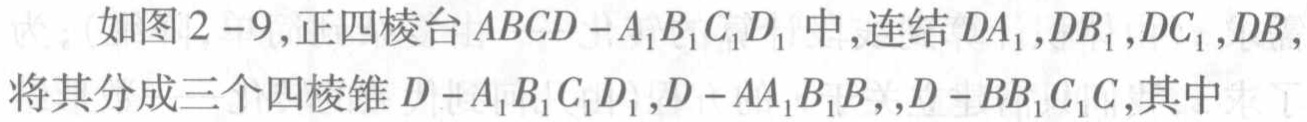
如图2 -9,正四棱台 \(ABCD - A_{1}B_{1}C_{1}D_{1}\) 中,连结 \(DA_{1},DB_{1},DC_{1},DB\),将其分成三个四棱锥 \(D - A_{1}B_{1}C_{1}D_{1},D - AA_{1}B_{1}B\),\(D - BB_{1}C_{1}C\),其中